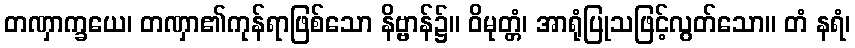
တဏှာက္ခယေ၊ တဏှာ၏ကုန်ရာဖြစ်သော နိဗ္ဗာန်၌။ ဝိမုတ္တံ၊ အာရုံပြုသဖြင့်လွတ်သော။ တံ နရံ၊